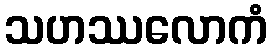
သဟဿလောကံ